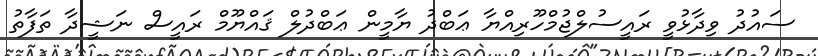
ސައުދު ވިދާޅުވީ ރައީސުލްޖުމްހޫރިއްޔާ ޢަބްދު ޔާމީން ޢަބްދުލް ޤައްޔޫމް ރައީސް ނަޝީދާ ތަފާތު